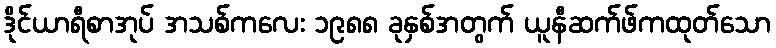
ဒိုင်ယာရီစာအုပ် အသစ်ကလေး ၁၉၈၈ ခုနှစ်အတွက် ယူနီဆက်ဖ်ကထုတ်သော